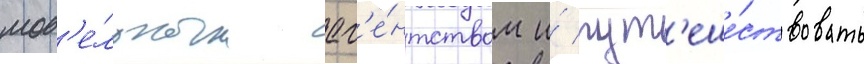
мод'е́льным аг'е́нтством и́ пут'еше́ствовать